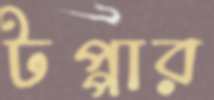
টপ্পার